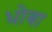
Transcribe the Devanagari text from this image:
धोबा